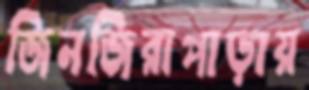
জিনজিরাপাড়ায়